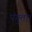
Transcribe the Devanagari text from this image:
पंगुता।